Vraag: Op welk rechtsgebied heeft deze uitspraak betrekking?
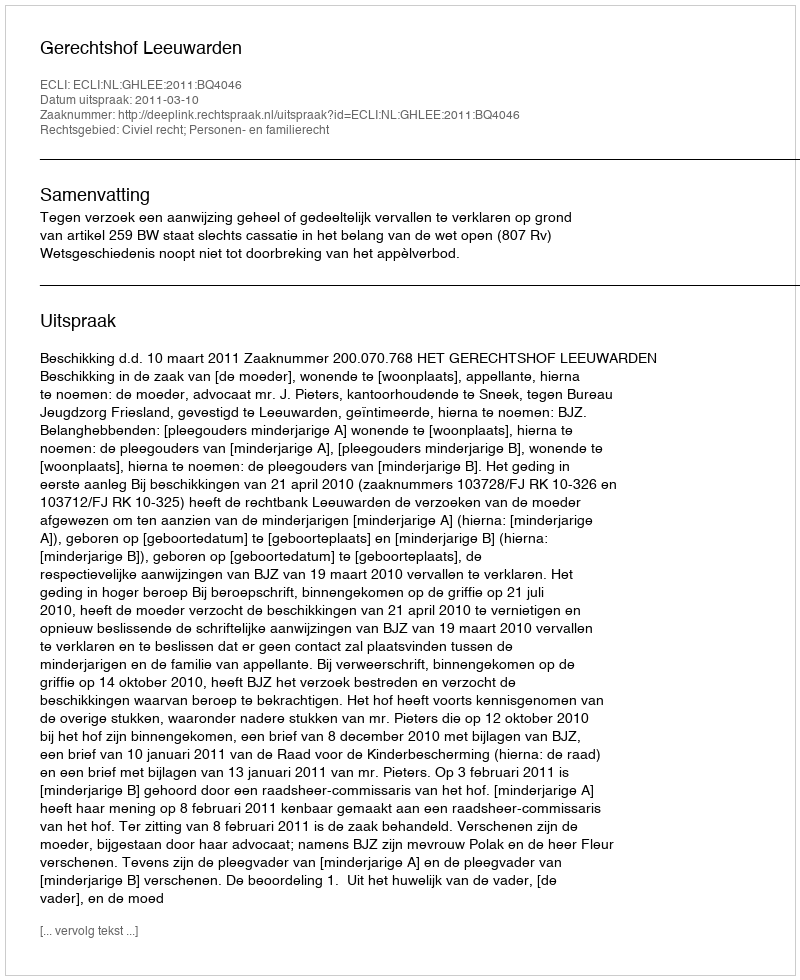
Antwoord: Civiel recht; Personen- en familierecht